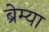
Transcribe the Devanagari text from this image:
ब्रेम्या